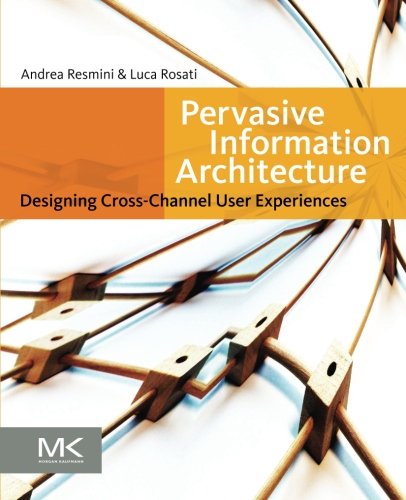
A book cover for Pervasive Information Architecture: Designing Cross-Channel User Experiences; Andrea Resmini; Computers & Technology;